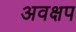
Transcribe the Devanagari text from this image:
अवक्षप